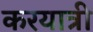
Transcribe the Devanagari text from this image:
करयात्री